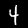
Label: 4